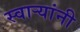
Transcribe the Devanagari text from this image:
स्वार्‍यांनी